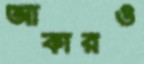
আকারও